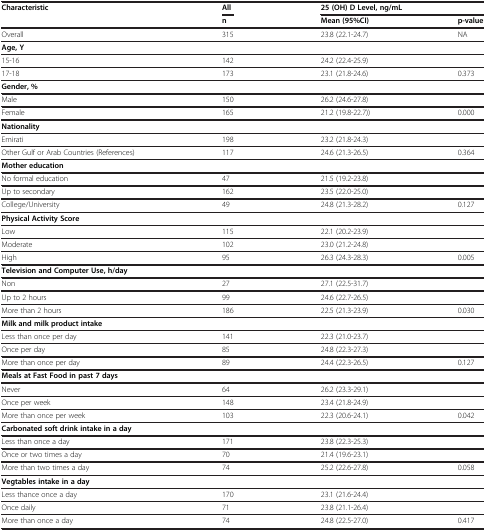
<table><thead><tr><td><b>Characteristic</b></td><td><b>All</b></td><td colspan="2"><b>25 (OH) D Level, ng/mL</b></td></tr><tr><td><b> </b></td><td><b>n</b></td><td><b>Mean (95%CI)</b></td><td><b>p-value</b></td></tr></thead><tbody><tr><td>Overall</td><td>315</td><td>23.8 (22.1-24.7)</td><td>NA</td></tr><tr><td><b>Age, Y</b></td><td> </td><td> </td><td> </td></tr><tr><td>15-16</td><td>142</td><td>24.2 (22.4-25.9)</td><td> </td></tr><tr><td>17-18</td><td>173</td><td>23.1 (21.8-24.6)</td><td>0.373</td></tr><tr><td><b>Gender, %</b></td><td> </td><td> </td><td> </td></tr><tr><td>Male</td><td>150</td><td>26.2 (24.6-27.8)</td><td> </td></tr><tr><td>Female</td><td>165</td><td>21.2 (19.8-22.7))</td><td>0.000</td></tr><tr><td><b>Nationality</b></td><td> </td><td> </td><td> </td></tr><tr><td>Emirati</td><td>198</td><td>23.2 (21.8-24.3)</td><td> </td></tr><tr><td>Other Gulf or Arab Countries (References)</td><td>117</td><td>24.6 (21.3-26.5)</td><td>0.364</td></tr><tr><td><b>Mother education</b></td><td> </td><td> </td><td> </td></tr><tr><td>No formal education</td><td>47</td><td>21.5 (19.2-23.8)</td><td> </td></tr><tr><td>Up to secondary</td><td>162</td><td>23.5 (22.0-25.0)</td><td> </td></tr><tr><td>College/University</td><td>49</td><td>24.8 (21.3-28.2)</td><td>0.127</td></tr><tr><td><b>Physical Activity Score</b></td><td> </td><td> </td><td> </td></tr><tr><td>Low</td><td>115</td><td>22.1 (20.2-23.9)</td><td> </td></tr><tr><td>Moderate</td><td>102</td><td>23.0 (21.2-24.8)</td><td> </td></tr><tr><td>High</td><td>95</td><td>26.3 (24.3-28.3)</td><td>0.005</td></tr><tr><td><b>Television and Computer Use, h/day</b></td><td> </td><td> </td><td> </td></tr><tr><td>Non</td><td>27</td><td>27.1 (22.5-31.7)</td><td> </td></tr><tr><td>Up to 2 hours</td><td>99</td><td>24.6 (22.7-26.5)</td><td> </td></tr><tr><td>More than 2 hours</td><td>186</td><td>22.5 (21.3-23.9)</td><td>0.030</td></tr><tr><td><b>Milk and milk product intake</b></td><td> </td><td> </td><td> </td></tr><tr><td>Less than once per day</td><td>141</td><td>22.3 (21.0-23.7)</td><td> </td></tr><tr><td>Once per day</td><td>85</td><td>24.8 (22.3-27.3)</td><td> </td></tr><tr><td>More than once per day</td><td>89</td><td>24.4 (22.3-26.5)</td><td>0.127</td></tr><tr><td><b>Meals at Fast Food in past 7 days</b></td><td> </td><td> </td><td> </td></tr><tr><td>Never</td><td>64</td><td>26.2 (23.3-29.1)</td><td> </td></tr><tr><td>Once per week</td><td>148</td><td>23.4 (21.8-24.9)</td><td> </td></tr><tr><td>More than once per week</td><td>103</td><td>22.3 (20.6-24.1)</td><td>0.042</td></tr><tr><td><b>Carbonated soft drink intake in a day</b></td><td> </td><td> </td><td> </td></tr><tr><td>Less than once a day</td><td>171</td><td>23.8 (22.3-25.3)</td><td> </td></tr><tr><td>Once or two times a day</td><td>70</td><td>21.4 (19.6-23.1)</td><td> </td></tr><tr><td>More than two times a day</td><td>74</td><td>25.2 (22.6-27.8)</td><td>0.058</td></tr><tr><td><b>Vegtables intake in a day</b></td><td> </td><td> </td><td> </td></tr><tr><td>Less thance once a day</td><td>170</td><td>23.1 (21.6-24.4)</td><td> </td></tr><tr><td>Once daily</td><td>71</td><td>23.8 (21.1-26.4)</td><td> </td></tr><tr><td>More than once a day</td><td>74</td><td>24.8 (22.5-27.0)</td><td>0.417</td></tr></tbody></table>